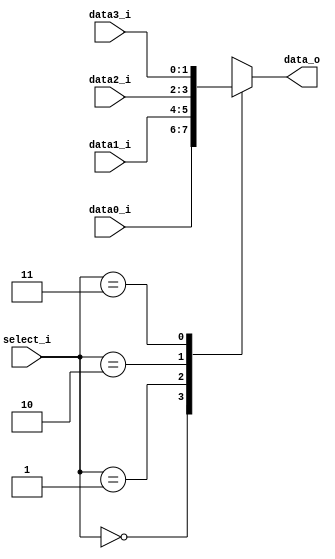

module MUX_4to1(
	data0_i,
	data1_i,
	data2_i,
	data3_i,
	select_i,
	data_o
);

parameter size = 0;

// I/O ports
input [size-1:0] data0_i, data1_i, data2_i, data3_i;
input [1:0] select_i;
output reg [size-1:0] data_o;

// Main function
always @(select_i, data0_i, data1_i, data2_i, data3_i) begin
	case (select_i)
		2'b00: data_o <= data0_i;
		2'b01: data_o <= data1_i;
		2'b10: data_o <= data2_i;
		2'b11: data_o <= data3_i;
	endcase
end

endmodule